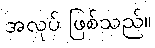
အလုပ် ဖြစ်သည်။